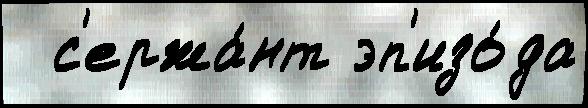
  с'ержа́нт эп'изо́да